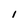
Character: I